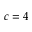
c = 4